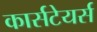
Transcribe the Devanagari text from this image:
कार्सटेयर्स